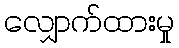
လျှောက်ထားမှု